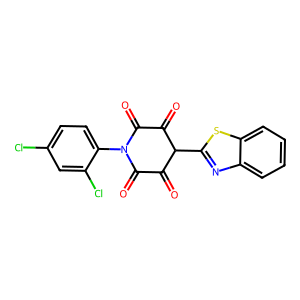
SMILES: O=C1C(=O)N(c2ccc(Cl)cc2Cl)C(=O)C(=O)C1c1nc2ccccc2s1
Inhibits HIV replication: No